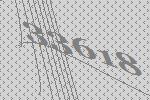
33618